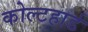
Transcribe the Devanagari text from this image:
कोल्टहार्ड